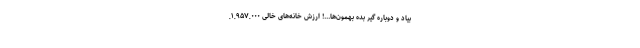
بیاد و دوباره گیر بده بهمون­­ها...! ارزش خانه‌های خالی ۱,۹۵۷,۰۰۰,